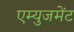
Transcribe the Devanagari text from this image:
एम्युजमेंट